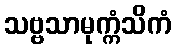
သဗ္ဗသာမုက္ကံသိကံ